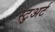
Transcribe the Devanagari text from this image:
स्‍टुअर्ट